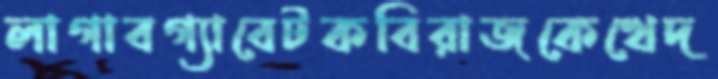
লাগাবগ্যাবেটকবিরাজকেখেদ